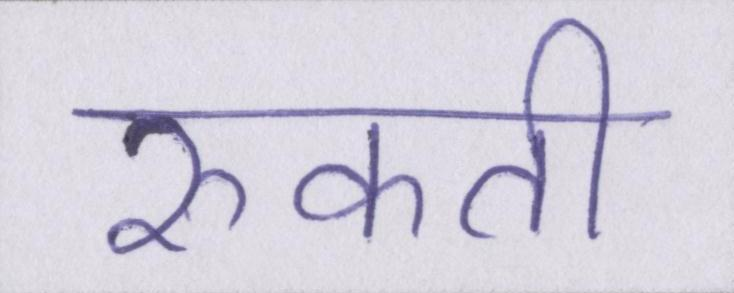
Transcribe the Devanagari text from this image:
रुकती